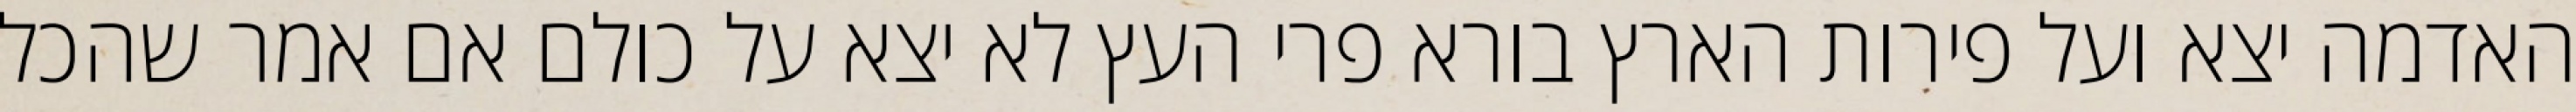
האדמה יצא ועל פירות הארץ בורא פרי העץ לא יצא על כולם אם אמר שהכל